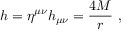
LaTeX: h = \eta ^ { \mu \nu } h _ { \mu \nu } = \frac { 4 M } { r } \ ,